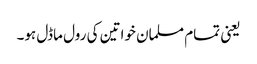
یعنی تمام مسلمان خواتین کی رول ماڈل ہو۔